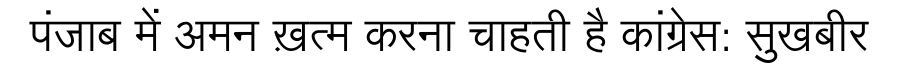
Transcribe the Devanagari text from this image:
पंजाब में अमन ख़त्म करना चाहती है कांग्रेस: सुखबीर